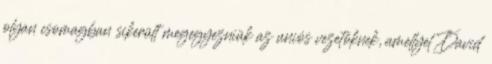
olyan csomagban sikerült megegyezniük az uniós vezetőknek, amellyel David